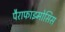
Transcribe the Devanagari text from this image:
पैराफाइमोसिस